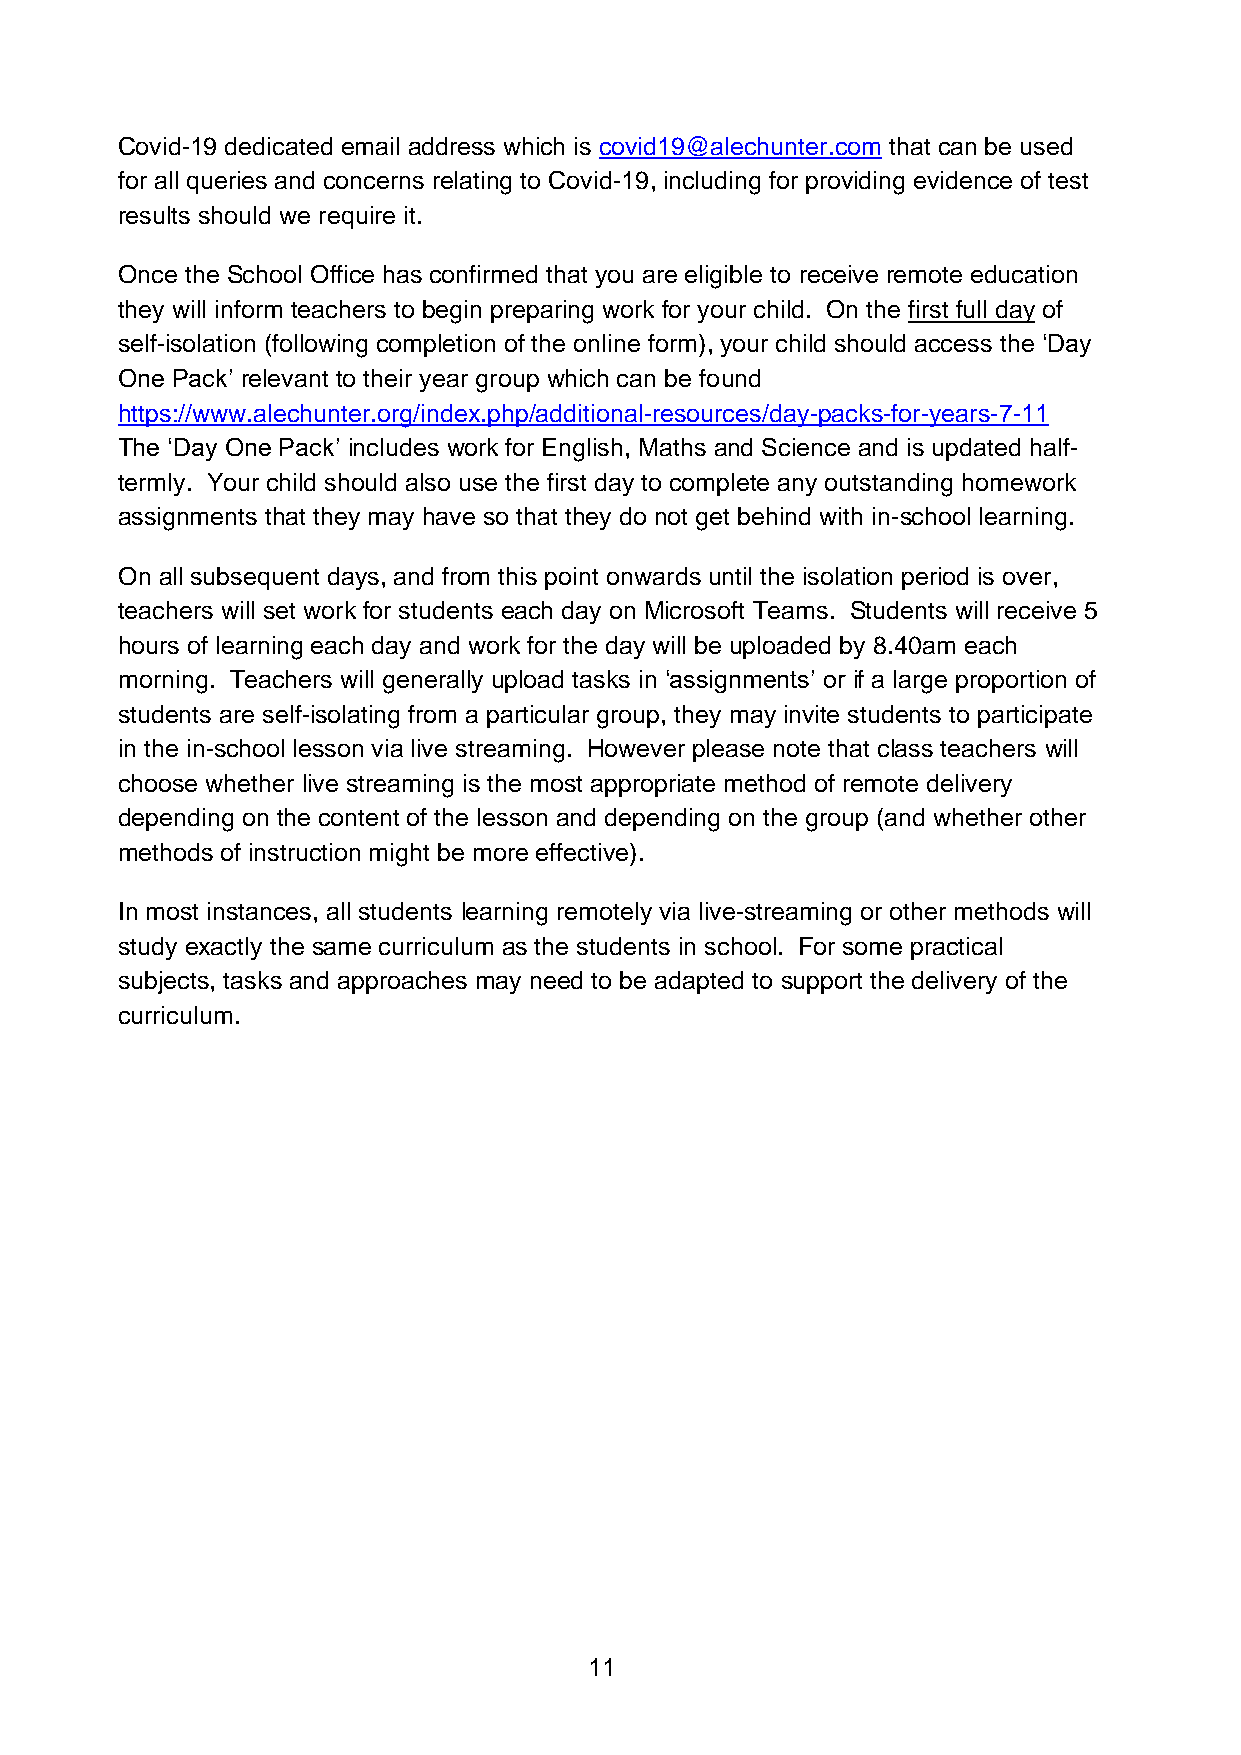
Covid-19 dedicated email address which is covid19@alechunter.com that can be used
 for all queries and concerns relating to Covid-19, including for providing evidence of test
 results should we require it.
 Once the School Office has confirmed that you are eligible to receive remote education
 they will inform teachers to begin preparing work for your child. On the first full day of
 self-isolation (following completion of the online form), your child should access the ‘Day
 One Pack’ relevant to their year group which can be found
 https://www.alechunter.org/index.php/additional-resources/day-packs-for-years-7-11
 The ‘Day One Pack’ includes work for English, Maths and Science and is updated half-
 termly. Your child should also use the first day to complete any outstanding homework
 assignments that they may have so that they do not get behind with in-school learning.
 On all subsequent days, and from this point onwards until the isolation period is over,
 teachers will set work for students each day on Microsoft Teams. Students will receive 5
 hours of learning each day and work for the day will be uploaded by 8.40am each
 morning. Teachers will generally upload tasks in ‘assignments’ or if a large proportion of
 students are self-isolating from a particular group, they may invite students to participate
 in the in-school lesson via live streaming. However please note that class teachers will
 choose whether live streaming is the most appropriate method of remote delivery
 depending on the content of the lesson and depending on the group (and whether other
 methods of instruction might be more effective).
 In most instances, all students learning remotely via live-streaming or other methods will
 study exactly the same curriculum as the students in school. For some practical
 subjects, tasks and approaches may need to be adapted to support the delivery of the
 curriculum.
 11